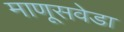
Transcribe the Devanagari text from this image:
माणूसवेडा